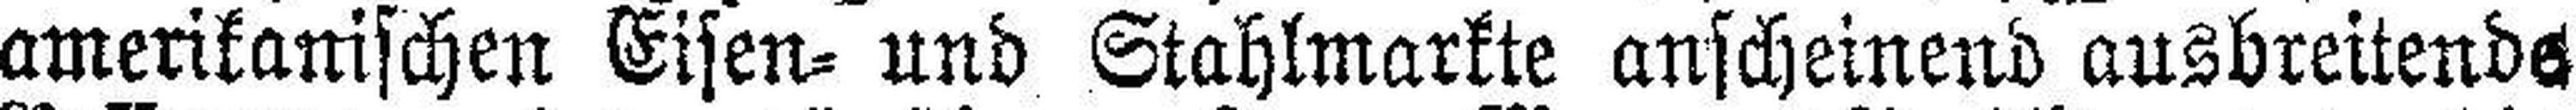
amerikanischen Eisen= und Stahlmarkte anscheinend ausbreitende